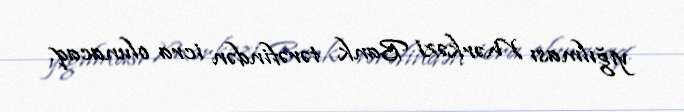
yığılması Mərkəzi Bank tərəfindən icra olunacaq.